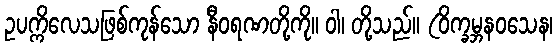
ဥပက္ကိလေသဖြစ်ကုန်သော နီဝရဏတို့ကို။ ဝါ၊ တို့သည်။ (ဝိက္ခမ္ဘနဝသေန၊